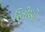
રિતીઓ